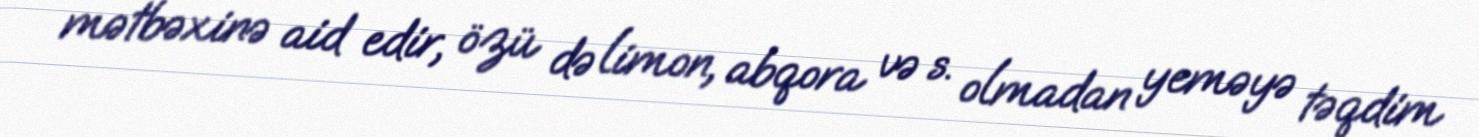
mətbəxinə aid edir, özü də limon, abqora və s. olmadan yeməyə təqdim